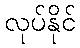
လုပ်နိုင်